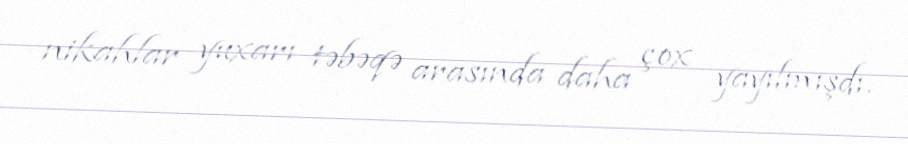
nikahlar yuxarı təbəqə arasında daha çox yayılmışdı.